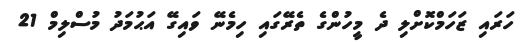
ހަރައި ޒަހަމްކޮށްލި ދެ މީހުންގެ ތެރޭގައި ހިމެނޭ ވައިގޭ އަޙުމަދު މުސްލިމް 21